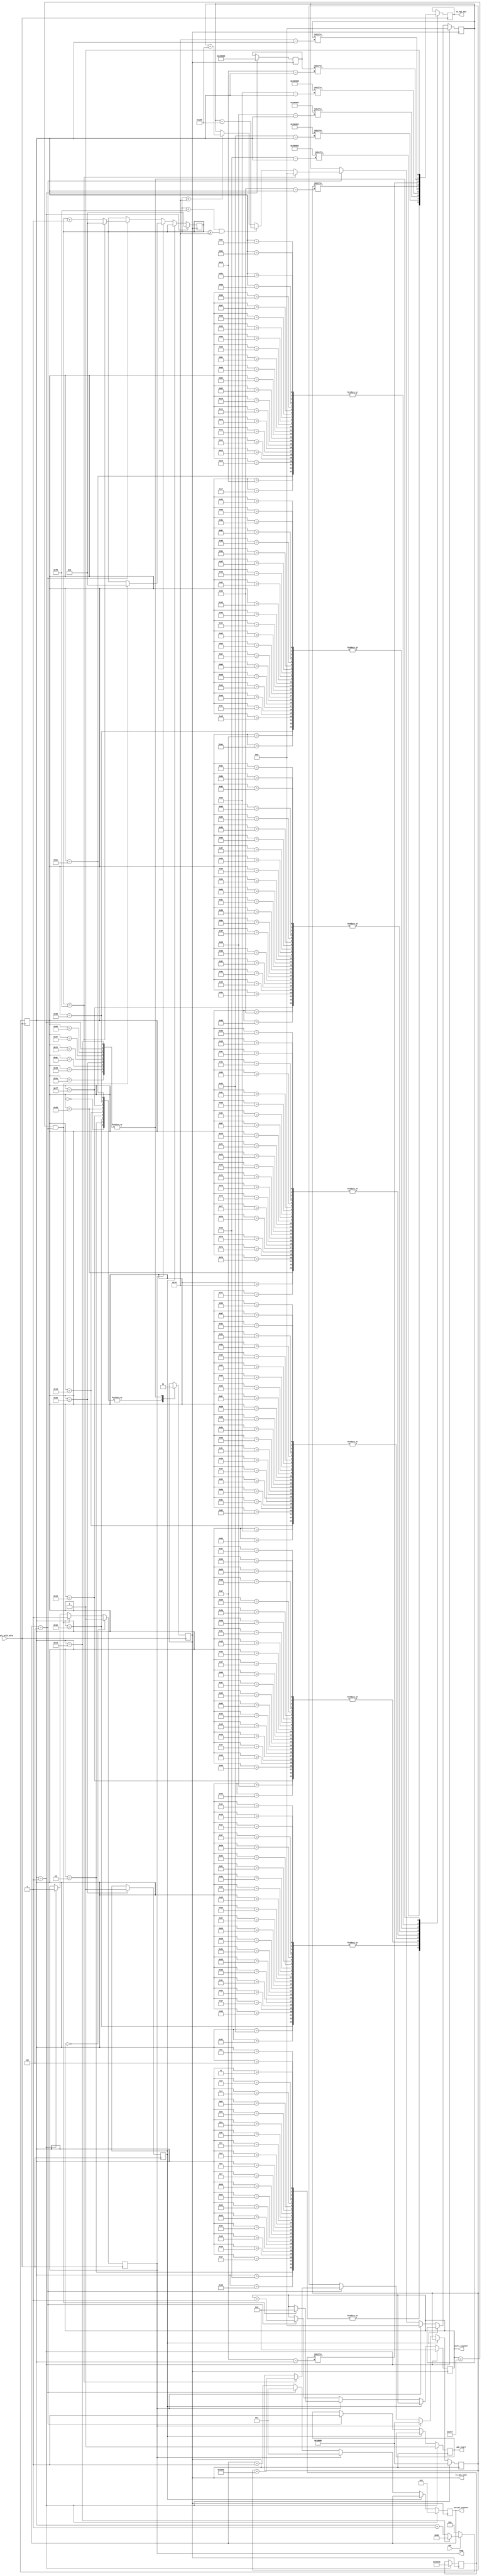
module DAC_control(
	input wire tx_spi_sclk_wire,
	input wire rst,
	output reg tx_spi_sync,
	output reg tx_spi_din,
	output reg adc_start,
	output reg [31:0] verti_counter,//vertical scanning sequence counter
	output reg [3:0] serial_counter,//AD5664 output update requires data write to four channels
	output reg loop
	);

parameter inidata_1 = 24'b001010010000000000000001, inidata_2 = 24'b001110010000000000000001,//initial data for DAC AD5664

		inidata_3 = 24'b001000000000000000001111, inidata_4 = 24'b001100000000000000000000;

reg [8:0] counter;								//counter within a TX spi conversion

reg init = 1'b1;								//status register, 0 when AD5664 initialization complete

reg [7:0] hori_counter; 						//horizontal scanning sequence counter						

reg [23:0] sawtooth = 24'b00000000_0000000000000000;  		//initial value of sawtooth wave

reg [23:0] stepwave = 24'b00000001_0000000000000000;  		//initial value of step wave

reg [23:0] pin3_C_yminu = 24'b00000010_0000110110111001;  	//initial value of y-

reg [23:0] pin4_D_yplus = 24'b00010011_1100111000111100;  	//initial value of y+

parameter sawstep = 24'b0000_0000_0000_0000_0001_0000_0110; //step between each sawtooth output points
parameter stepstep = 24'b0000_0000_0000_0010_0100_1001_0010;//step between each stepwave output points

	

//---------------------------------------------------------------------------//tx module - counter
	always @(negedge tx_spi_sclk_wire) begin
		if(~rst) begin
			counter <= 0;
		end
		else begin
			counter <= counter + 1'b1;
			if(counter == 9'd201) counter <= 9'd102;
		end
	end
//---------------------------------------------------------------------------//tx module - spi write
	always @(posedge tx_spi_sclk_wire) begin
		case(counter)
		0:tx_spi_sync <= 1'b0;												//initialize sync
		1: begin															//pull up sync, initialize din and loop
			tx_spi_sync <= 1'b1;
			tx_spi_din <= 1'b0;
			loop <= 1'b1;
			end

		2:begin																//send inidata_1
			tx_spi_sync <= 1'b0;
			tx_spi_din <= inidata_1[9'd25-counter];
			end
		3,4,5,6,7,8,9,10,11,12,13,14,15,16,17,18,19,20,21,22,23,24,25:
			tx_spi_din <= inidata_1[9'd25-counter];
		26:begin
			tx_spi_sync <= 1'b1;
			tx_spi_din <= 0;
			end

		27:begin															//send inidata_2
			tx_spi_sync <= 1'b0;
			tx_spi_din <= inidata_2[9'd50-counter];
			end
		28,29,30,31,32,33,34,35,36,37,38,39,40,41,42,43,44,45,46,47,48,49,50:
			tx_spi_din <= inidata_2[9'd50-counter];
		51:begin
			tx_spi_sync <= 1'b1;
			tx_spi_din <= 0;
			end

		52:begin															//send inidata_3
			tx_spi_sync <= 1'b0;
			tx_spi_din <= inidata_3[9'd75-counter];
			end
		53,54,55,56,57,58,59,60,61,62,63,64,65,66,67,68,69,70,71,72,73,74,75:
			tx_spi_din <= inidata_3[9'd75-counter];
		76:begin
			tx_spi_sync <= 1'b1;
			tx_spi_din <= 0;
			end

		77:begin															//send inidata_4
			tx_spi_sync <= 1'b0;
			tx_spi_din <= inidata_4[9'd100-counter];
			end
		78,79,80,81,82,83,84,85,86,87,88,89,90,91,92,93,94,95,96,97,98,99,100:
			tx_spi_din <= inidata_4[9'd100-counter];
		101:begin
			tx_spi_sync <= 1'b1;
			tx_spi_din <= 0;
			init <= 1'b0;
			end
		
		102:begin															//send pin1(output A)
			tx_spi_sync <= 1'b0;
			tx_spi_din <= sawtooth[9'd125-counter];
			end
		103,104,105,106,107,108,109,110,111,112,113,114,115,116,117,118,119,120,121,122,123,124,125:
			tx_spi_din <= sawtooth[9'd125-counter];
		126:begin
			tx_spi_sync <= 1'b1;
			tx_spi_din <= 0;
			end

		127:begin															//send pin2(output B)
			tx_spi_sync <= 1'b0;
			tx_spi_din <= stepwave[9'd150-counter];
			end
		128,129,130,131,132,133,134,135,136,137,138,139,140,141,142,143,144,145,146,147,148,149,150:
			tx_spi_din <= stepwave[9'd150-counter];
		151:begin
			tx_spi_sync <= 1'b1;
			tx_spi_din <= 0;
			end

		152:begin															//send pin3(no use, just to update the 4 channel DAC)
			tx_spi_sync <= 1'b0;
			tx_spi_din <= pin3_C_yminu[9'd175-counter];
			end
		153,154,155,156,157,158,159,160,161,162,163,164,165,166,167,168,169,170,171,172,173,174,175:
			tx_spi_din <= pin3_C_yminu[9'd175-counter];
		176:begin
			tx_spi_sync <= 1'b1;
			tx_spi_din <= 0;
			end

		177:begin															//send pin4(LDAC update, data no use, just to update the 4 channel DAC)
			tx_spi_sync <= 1'b0;
			tx_spi_din <= pin4_D_yplus[9'd200-counter];
			end
		178,179,180,181,182,183,184,185,186,187,188,189,190,191,192,193,194,195,196,197,198,199,200:
			tx_spi_din <= pin4_D_yplus[9'd200-counter];
		201:begin
			tx_spi_sync <= 1'b1;
			tx_spi_din <= 0;
			end

		default:;
		endcase
		if(verti_counter == 16'd1999 & serial_counter == 4) loop <= 1'd1;	//one scanning cycle finished
		if(verti_counter == 16'd0) loop <= 1'd0;	//loop register reset
	end

//DAC AD5664 working under LDAC mode
	always @(posedge tx_spi_sync) begin
		if (counter == 1) begin
			// reset
			hori_counter <= 8'b0;							//initializing horizontal sequence counter, reset after finishing every single row
		    verti_counter <= 12'd0;							//initializing vertical sequence counter, vertical counter is much larger than hori.
		    serial_counter <= 4'd0;							//initializing tx spi data sending counter(4 registers to write per position)
			adc_start <= 0;
			sawtooth <= 24'b00000000_0000000000000000;	//initial value of x, center
			stepwave <= 24'b00000001_0000000000000000;	//initial value of y, center
			pin3_C_yminu <= 24'b00000010_0000000000000000;	//initial value of y-, center
			pin4_D_yplus <= 24'b00010011_0000000000000000;	//initial value of y+, center
		end
		else if(init == 0)begin     						//send the serial voltage swing
			if(serial_counter == 4)
			adc_start <= 1;
			if(loop == 1'd1) begin							//mirror set at the corner, one new frame starts
				sawtooth <= 24'b00000000_0000000000000000;//!!!Important!!!, set this value if lines are odd. If even, keep pin_A_xplus, otherwise break the mirror
				stepwave <= 24'b00000001_0000000000000000;
				if(verti_counter == 12'd1999 & serial_counter == 4'd4)begin	//vertical counter reset
					verti_counter <= 12'd0;
					hori_counter <= 8'b0;
				end
				serial_counter <= 1'd1;
			end
			else begin
				serial_counter <= serial_counter + 1'b1;

				if(serial_counter == 4'd4) begin
					serial_counter <= 4'd1;								//below 2.0 configurations
					verti_counter <= verti_counter + 12'd1;
					
					hori_counter <= hori_counter + 1'b1;
					if(hori_counter == 8'd249) begin						//one row finished			
						hori_counter <= 8'b0;
						sawtooth <= 24'b00000000_0000000000000000;					//x axis reset
						stepwave <= stepwave + stepstep;			//y position move up one step
					end
					else begin
						if(hori_counter < 8'd125) sawtooth <= sawtooth + sawstep;
						if(hori_counter < 8'd249 && hori_counter >= 8'd125) sawtooth <= sawtooth - sawstep;
						//sawtooth <= sawtooth + sawstep;
					end
				end
			end
		end
	end

endmodule